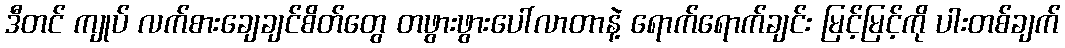
ဒီတင် ကျုပ် လက်စားချေချင်စိတ်တွေ တဖွားဖွားပေါ်လာတာနဲ့ ရောက်ရောက်ချင်း မြင့်မြင့်ကို ပါးတစ်ချက်